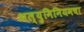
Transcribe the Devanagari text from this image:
अल्युमिनियमचा